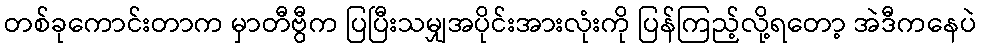
တစ်ခုကောင်းတာက မှာတီဗွီက ပြပြီးသမျှအပိုင်းအားလုံးကို ပြန်ကြည့်လို့ရတော့ အဲဒီကနေပဲ